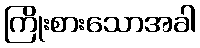
ကြိုးစားသောအခါ